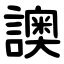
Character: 䜒